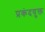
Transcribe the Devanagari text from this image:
प्रकंदयुक्त